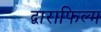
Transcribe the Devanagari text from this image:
द्वाराफिल्म